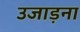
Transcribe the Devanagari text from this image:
उजाड़ना